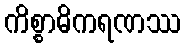
ကိစ္စာဓိကရဏဿ